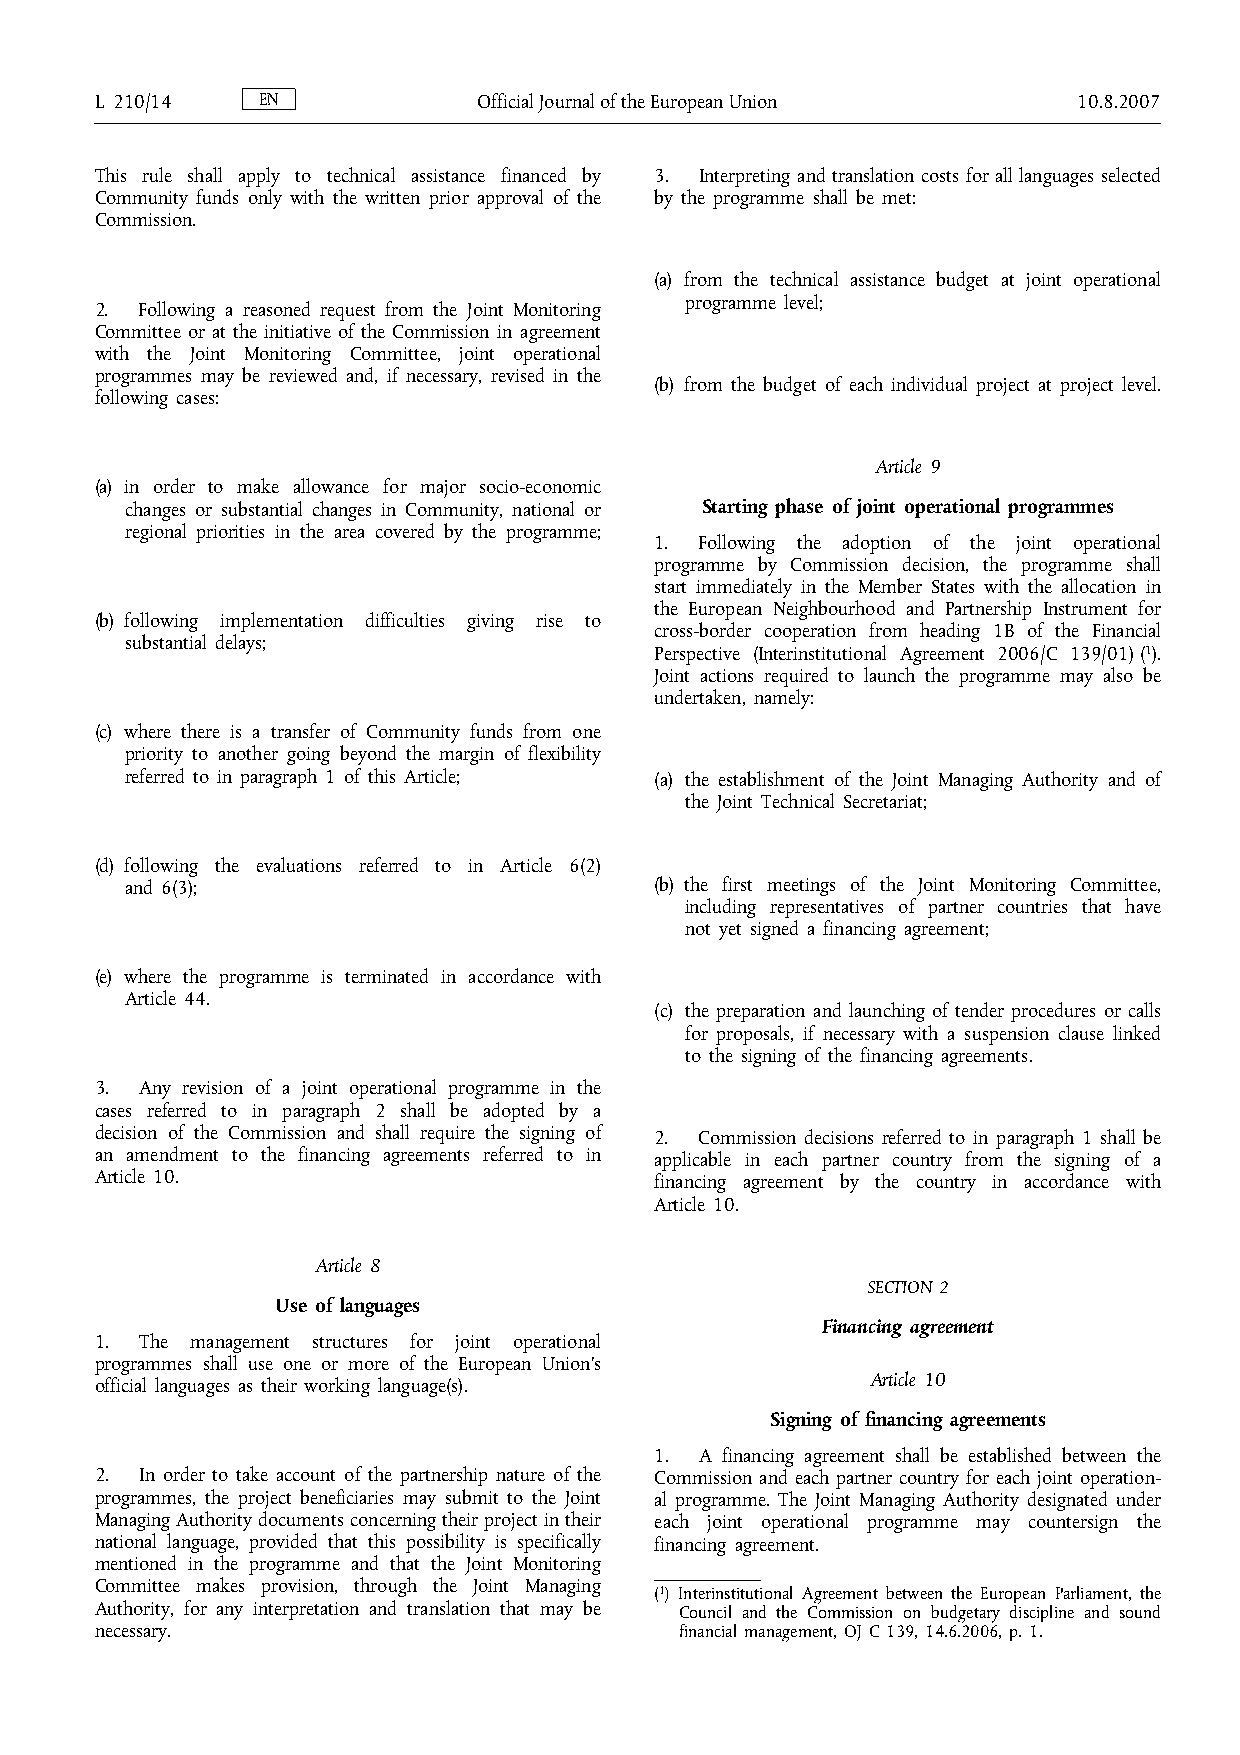
L 210/14   EN             OfficialJournaloftheEuropeanUnion      10.8.2007
 This rule shall apply to technical assistance financed by 3. Interpreting and translation costs for all languages selected
 Community funds only with the written prior approval of the by the programme shall be met:
 Commission.
 (a) from the technical assistance budget at joint operational
 programme level;
 2. Following a reasoned request from the Joint Monitoring
 Committee or at the initiative of the Commission in agreement
 with the Joint Monitoring Committee, joint operational
 programmes may be reviewed and, if necessary, revised in the
 (b) from the budget of each individual project at project level.
 following cases:
 Article 9
 (a) in order to make allowance for major socio-economic
 changes or substantial changes in Community, national or Starting phase of joint operational programmes
 regional priorities in the area covered by the programme;
 1. Following the adoption of the joint operational
 programme by Commission decision, the programme shall
 start immediately in the Member States with the allocation in
 the European Neighbourhood and Partnership Instrument for
 (b) following implementation difficulties giving rise to
 cross-border cooperation from heading 1B of the Financial
 substantial delays;
 Perspective (Interinstitutional Agreement 2006/C 139/01)(1).
 Joint actions required to launch the programme may also be
 undertaken, namely:
 (c) where there is a transfer of Community funds from one
 priority to another going beyond the margin of flexibility
 referred to in paragraph 1 of this Article; (a) the establishment of the Joint Managing Authority and of
 the Joint Technical Secretariat;
 (d) following the evaluations referred to in Article 6(2)
 and 6(3);                          (b) the first meetings of the Joint Monitoring Committee,
 including representatives of partner countries that have
 not yet signed a financing agreement;
 (e) where the programme is terminated in accordance with
 Article 44.
 (c) the preparation and launching of tender procedures or calls
 for proposals, if necessary with a suspension clause linked
 to the signing of the financing agreements.
 3. Any revision of a joint operational programme in the
 cases referred to in paragraph 2 shall be adopted by a
 decision of the Commission and shall require the signing of 2. Commission decisions referred to in paragraph 1 shall be
 an amendment to the financing agreements referred to in applicable in each partner country from the signing of a
 Article 10.                          financing agreement by the country in accordance with
 Article 10.
 Article 8
 SECTION 2
 Use of languages
 Financing agreement
 1. The management structures for joint operational
 programmes shall use one or more of the European Union's
 Article 10
 official languages as their working language(s).
 Signing of financing agreements
 1. A financing agreement shall be established between the
 2. In order to take account of the partnership nature of the Commission and each partner country for each joint operation-
 programmes, the project beneficiaries may submit to the Joint al programme. The Joint Managing Authority designated under
 ManagingAuthoritydocumentsconcerning theirprojectintheir each joint operational programme may countersign the
 national language, provided that this possibility is specifically financing agreement.
 mentioned in the programme and that the Joint Monitoring
 Committee makes provision, through the Joint Managing
 (1) Interinstitutional Agreement between the European Parliament, the
 Authority, for any interpretation and translation that may be Council and the Commission on budgetary discipline and sound
 necessary.                             financial management, OJ C 139, 14.6.2006, p. 1.